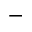
-